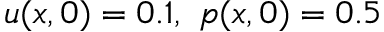
u ( x , 0 ) = 0 . 1 , \ p ( x , 0 ) = 0 . 5